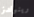
رينولدز